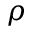
\rho